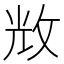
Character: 𢼴